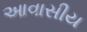
આવાસીય